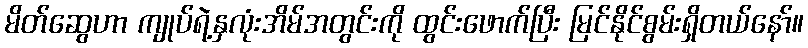
မိတ်ဆွေဟာ ကျုပ်ရဲ့နှလုံးအိမ်အတွင်းကို ထွင်းဖောက်ပြီး မြင်နိုင်စွမ်းရှိတယ်နော်။